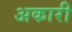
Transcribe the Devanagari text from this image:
अकारी